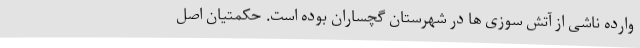
وارده ناشی از آتش سوزی ها در شهرستان گچساران بوده است. حکمتیان اصل